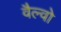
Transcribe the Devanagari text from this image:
वैल्वो